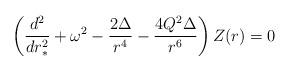
LaTeX: \begin{align*}\left({d^2\over dr_*^2}+\omega^2-{2\Delta\over r^4}-{4Q^2\Delta\over r^6}\right) Z(r) = 0 \end{align*}